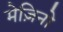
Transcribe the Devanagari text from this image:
मेज़िनो